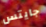
جايتس